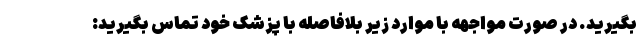
بگیرید. در صورت مواجهه با موارد زیر بلافاصله با پزشک خود تماس بگیرید: